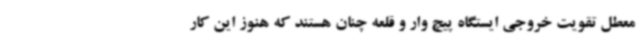
معطل تقویت خروجی ایستگاه پیچ وار و قلعه چنان هستند که هنوز این کار